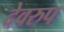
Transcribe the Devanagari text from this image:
देवरुप